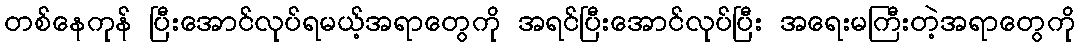
တစ်နေကုန် ပြီးအောင်လုပ်ရမယ့်အရာတွေကို အရင်ပြီးအောင်လုပ်ပြီး အရေးမကြီးတဲ့အရာတွေကို